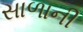
સાળાની